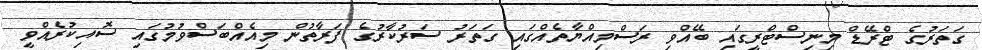
ގަތަރުގެ ޓްރޭޑް މިނިސްޓްރީގައި ބޭއްވި ރަސްމިއްޔާތެއްގައި ގަތަރު ސަރުކާރުގެ ފަރާތުން މިއެއްބަސްވުމުގައި ސޮއިކުރެއްވީ